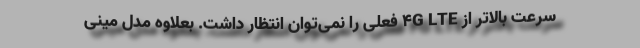
سرعت بالاتر از 4G LTE فعلی را نمی‌توان انتظار داشت. بعلاوه مدل مینی